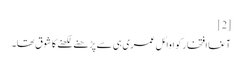
[2]
آغا افتخار کو اوائل عمری ہی سے پڑھنے لکھنے کا شوق تھا۔